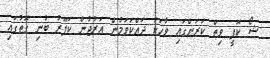
ޝޯ ކޮފީ ވިތް ކަރަންގައި ވާހަކަ ދައްކަވަމުން އަރުޖުން ކަޕޫރު ބުނި ގޮތުގައި